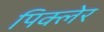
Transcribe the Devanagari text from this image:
पिक्लेर